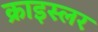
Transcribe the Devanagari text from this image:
क्राइस्लर